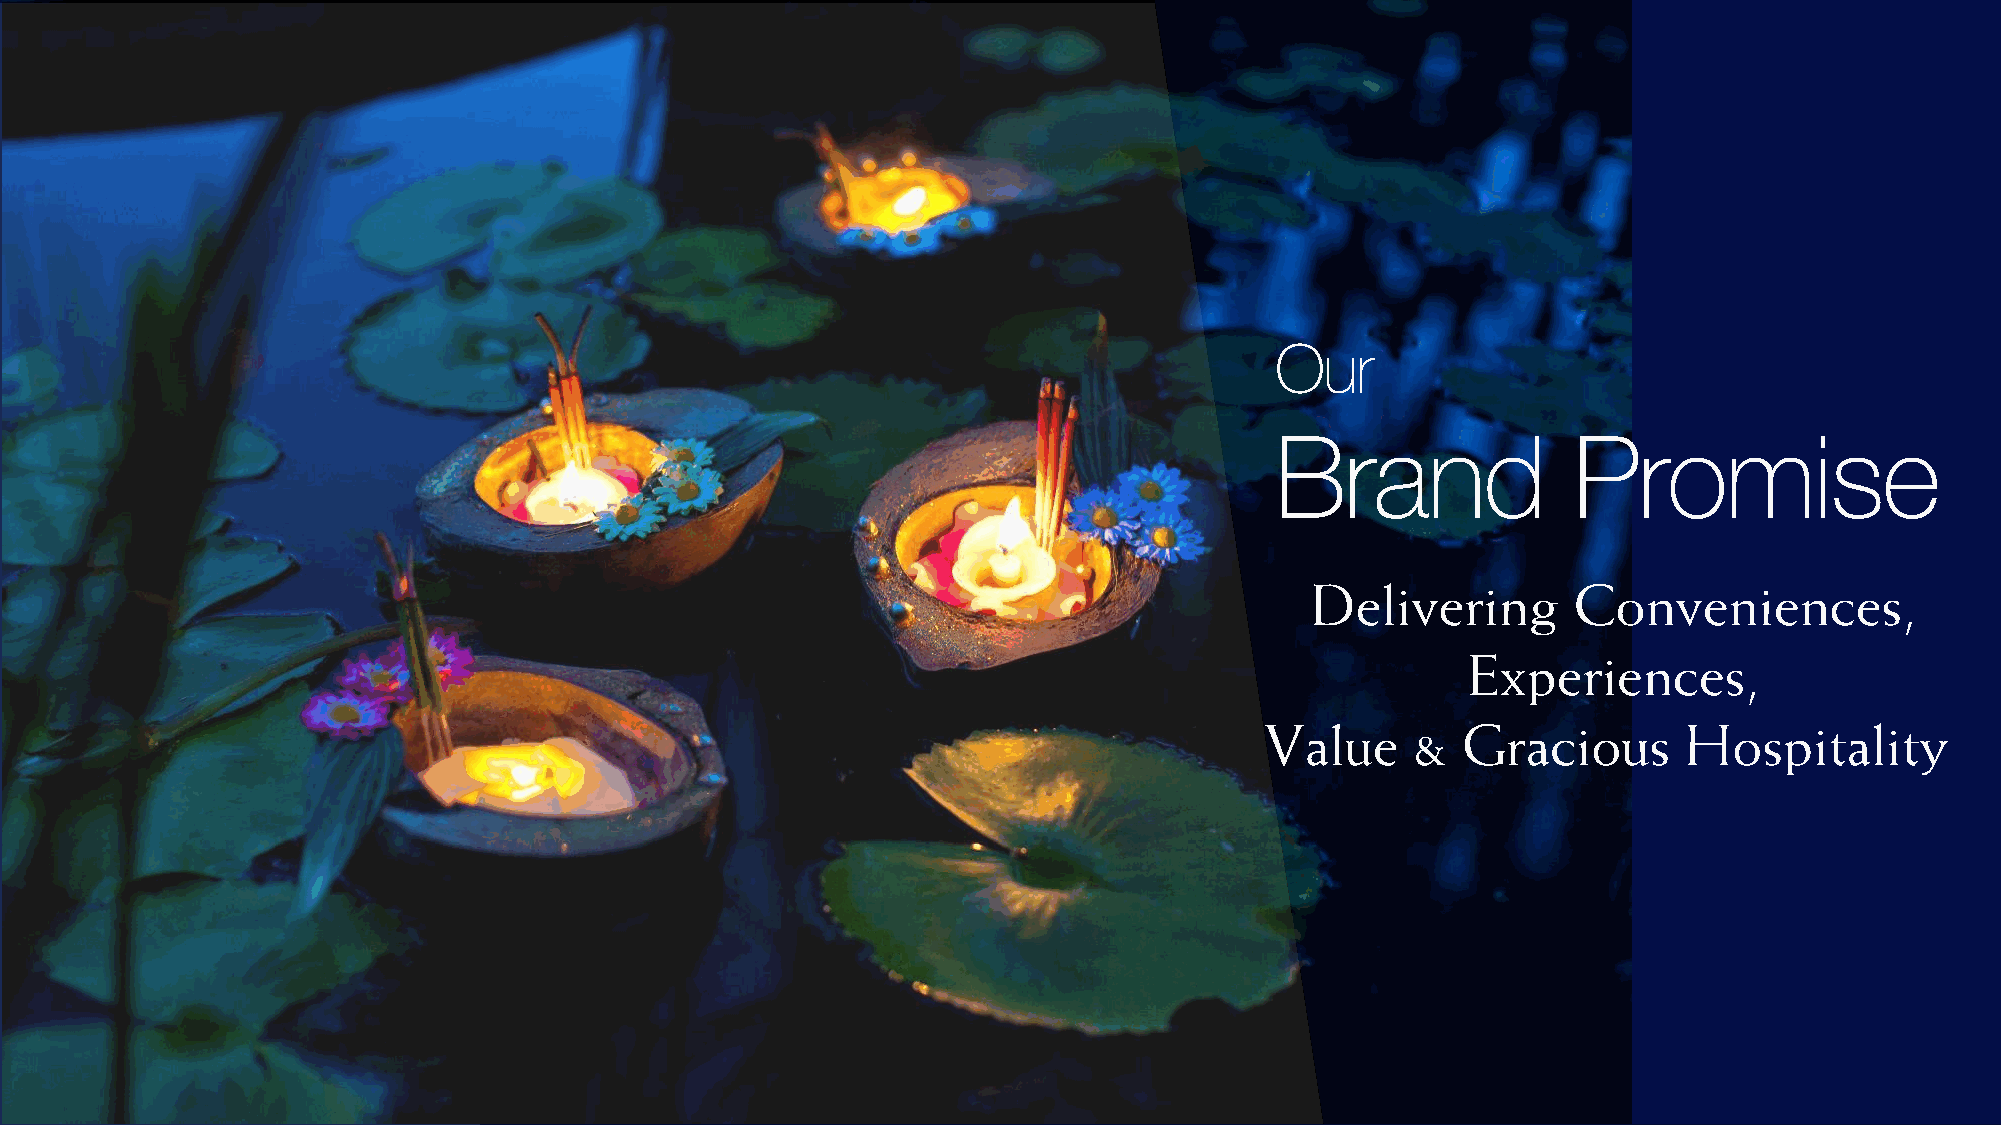
Delivering       Conveniences,
 Experiences,
 Value     &  Gracious      Hospitality